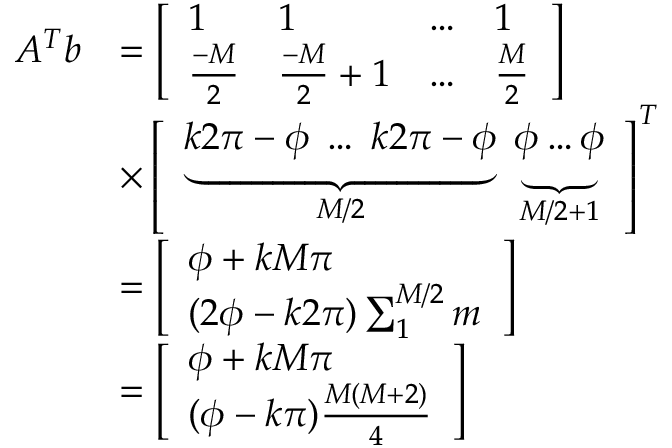
\begin{array} { r l } { A ^ { T } b } & { = \left[ \begin{array} { l l l l } { 1 } & { 1 } & { \hdots } & { 1 } \\ { \frac { - M } { 2 } } & { \frac { - M } { 2 } + 1 } & { \hdots } & { \frac { M } { 2 } } \end{array} \right] } \\ & { \times \left[ \begin{array} { l } { \underbrace { k 2 \pi - \phi \; \ldots \; k 2 \pi - \phi } _ { M / 2 } \; \underbrace { \phi \ldots \phi } _ { M / 2 + 1 } } \end{array} \right] ^ { T } } \\ & { = \left[ \begin{array} { l } { \phi + k M \pi } \\ { ( 2 \phi - k 2 \pi ) \sum _ { 1 } ^ { M / 2 } m } \end{array} \right] } \\ & { = \left[ \begin{array} { l } { \phi + k M \pi } \\ { ( \phi - k \pi ) \frac { M ( M + 2 ) } { 4 } } \end{array} \right] } \end{array}